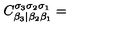
C _ { \beta _ { 3 } | \beta _ { 2 } \beta _ { 1 } } ^ { \sigma _ { 3 } \sigma _ { 2 } \sigma _ { 1 } } =